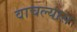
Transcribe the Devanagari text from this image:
वाचल्यास